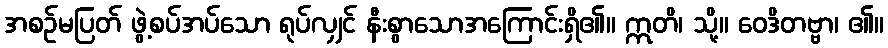
အစဉ်မပြတ် ဖွဲ့စပ်အပ်သော ရုပ်လျှင် နီးစွာသောအကြောင်းရှိ၏။ ဣတိ၊ သို့။ ဝေဒိတဗ္ဗာ၊ ၏။